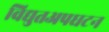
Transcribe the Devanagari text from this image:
विद्युतअपघटन